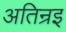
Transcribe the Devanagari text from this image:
अतिन्रइ